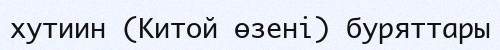
хутиин (Китой өзені) буряттары